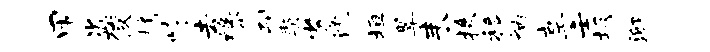
甲盗俊桷崎去缘刷契劣沈垣翠耒掾移衲享壬坂泖